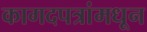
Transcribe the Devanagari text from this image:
कागदपत्रांमधून